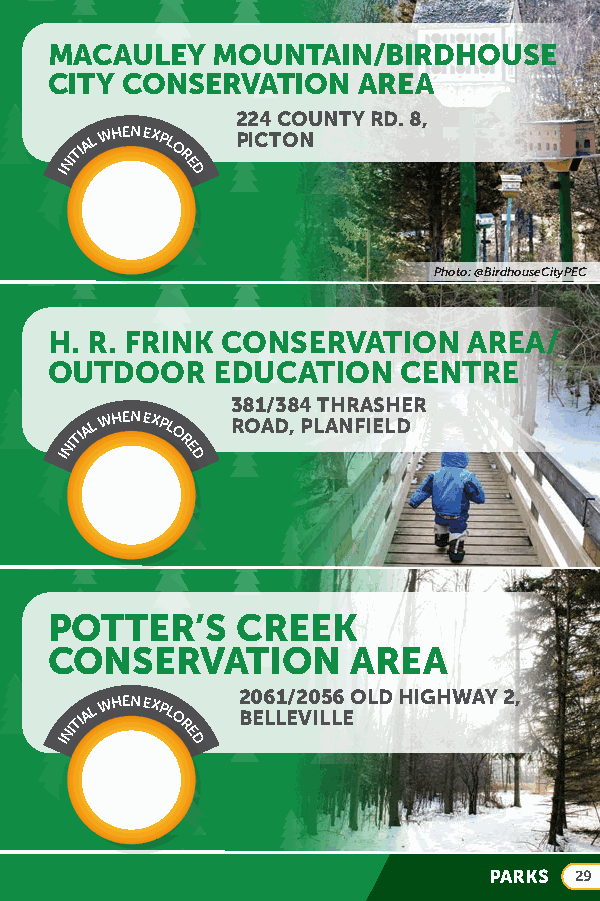
LMEOAMCIANSUTLERE PYA MRKOS:UNTAIN/BIRDHOUSE
 SCIHTYO CLOANNS EFRAVRATMION AREA
 224 COUNTY RD. 8,
 INITIAL WHEN EXPL
 O
 R
 E
 D
 PICTON
 Photo: @BirdhouseCityPEC
 H. R. FRINK CONSERVATION    AREA/
 OUTDOOR    EDUCATION   CENTRE
 381/384 THRASHER
 INITIAL WHEN EXPL
 O
 R
 E
 D
 ROAD, PLANFIELD
 POTTER’S     CREEK
 CONSERVATION        AREA
 INITIAL
 WHEN EXPL
 O
 R
 E
 D
 2 B0 E6 LL1 E/2 V0 IL5 L6
 E
 OLD HIGHWAY 2,
 PARKS 29